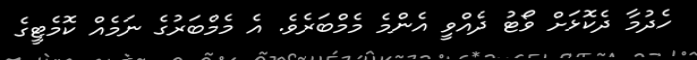
ހެދުމާ ދެކޮޅަށް ވޯޓު ދެއްވީ އެންމެ މެމްބަރެވެ. އެ މެމްބަރުގެ ނަމެއް ކޮމެޓީގެ